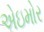
એઇમોર